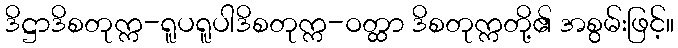
ဒိဋ္ဌာဒိစတုက္က-ရူပရူပါဒိစတုက္က-ဝတ္ထာ ဒိစတုက္ကတို့၏ အစွမ်းဖြင့်။